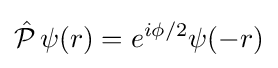
{\hat {\mathcal {P}}}\,\psi {\left(r\right)}=e^{{i\phi }/{2}}\psi {\left(-r\right)}